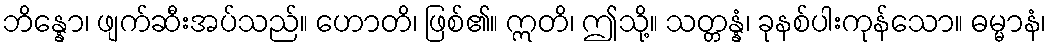
ဘိန္နော၊ ဖျက်ဆီးအပ်သည်။ ဟောတိ၊ ဖြစ်၏။ ဣတိ၊ ဤသို့။ သတ္တန္နံ၊ ခုနစ်ပါးကုန်သော။ ဓမ္မာနံ၊